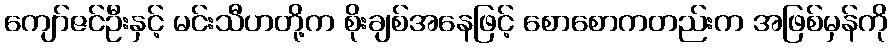
ကျော်ဇင်ဦးနှင့် မင်းသီဟတို့က စိုးချစ်အနေဖြင့် စောစောကတည်းက အဖြစ်မှန်ကို